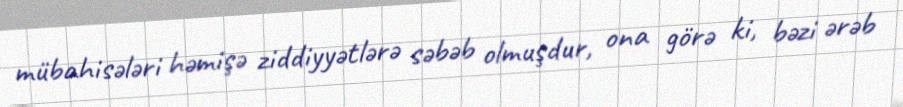
mübahisələri həmişə ziddiyyətlərə səbəb olmuşdur, ona görə ki, bəzi ərəb